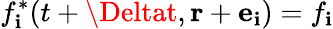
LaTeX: f_{\mathbf{i}}^{*}(t+\Deltat,\mathbf{{r}}+{\mathbf{e}}_{\mathbf{i}})=f_{\mathbf{i}}